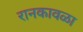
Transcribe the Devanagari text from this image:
रानकावळा